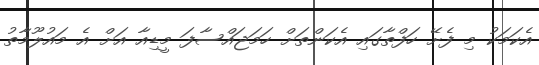
އެކަމަކު މި ފެށޭ ހަފްތާގައި އެކަންތަށް ހަމަޖައްސާފަ މީޑިއާ އަށް އެ މައުލޫމާތު